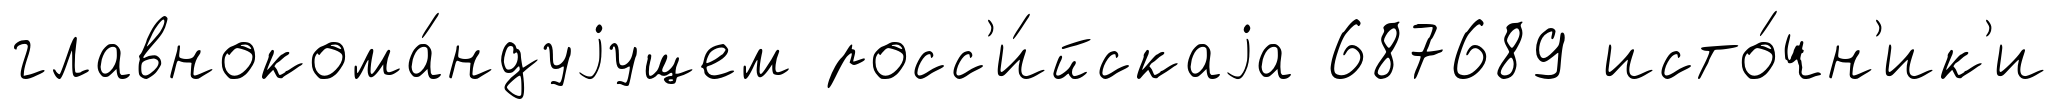
главнокома́ндуjущем росс'и́йскаjа 687689 исто́чн'ик'и